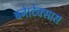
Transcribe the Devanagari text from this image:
बने।टेक्सास